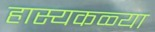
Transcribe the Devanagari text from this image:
हास्यकळ्या